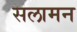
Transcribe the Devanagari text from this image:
सलामन